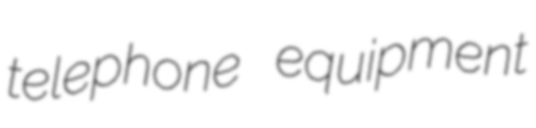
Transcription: telephone equipment